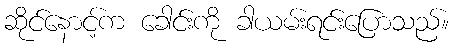
ဆိုင်နောင့်က ခေါင်းကို ခါယမ်းရင်းပြောသည်။